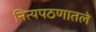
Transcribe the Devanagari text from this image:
नित्यपठणातले